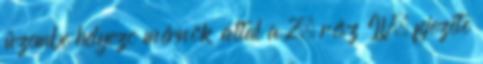
üzembe helyezõ mérnök által a 2. rész IV. fejezete